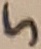
Text: 5